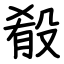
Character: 殽